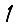
Digit: 1